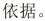
依据。